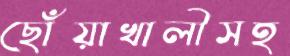
ছোঁয়াখালীসহ